Assam Mental Hospital (Tezpur, India) - 1933-1948
Year: 1933
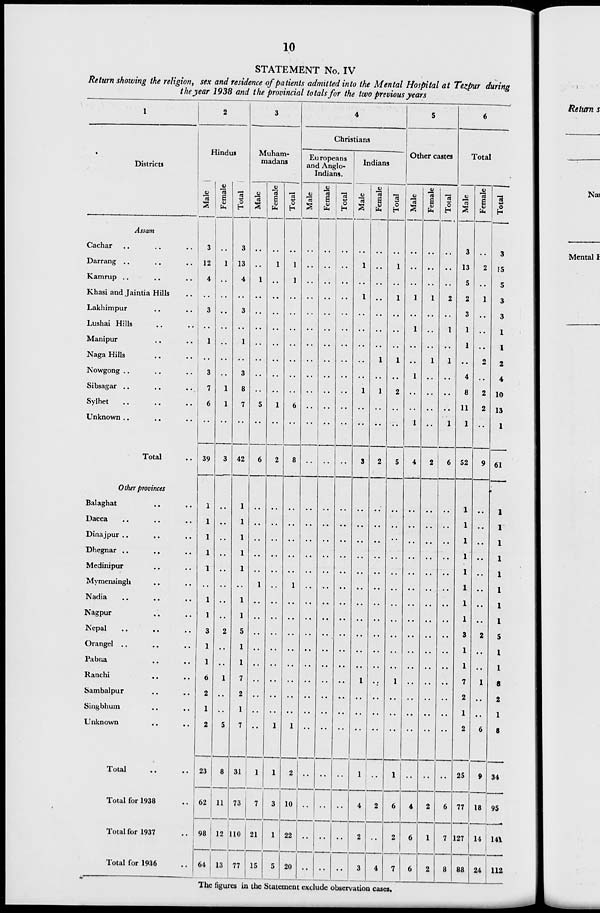
10
STATEMENT No. IV
Return showing the religion, sex and residence of patients admitted into the Mental Hospital at Tezpur during
the year 1938 and the provincial totals for the two previous years
1
Districts
Assam
Cachar
..
..
..
Darrang
..
..
..
Kamrup
..
..
..
Khasi and Jaintia Hills ..
Lakhimpur
..
..
Lushai Hills .. ..
Manipur .. ..
Naga Hills .. ..
Nowgong .. .. ..
Sibsagar .. .. ..
Sylhet .. .. ..
Unknown .. .. ..
Total
..
Other provinces
Balaghat .. ..
Dacca .. .. ..
Dinajpur .. .. ..
Dhegnar .. .. ..
Medinipur .. .. ..
Mymensingh .. ..
Nadia .. .. ..
Nagpur .. ..
Nepal .. .. ..
Orangel .. .. ..
Pabna .. .. ..
Ranchi .. .. ..
Sambalpur .. ..
Singbhum .. ..
Unknown
..
..
Total .. ..
Total for 1938
..
Total for 1937
..
Total for 1936 ..
2
Hindus
Male
3
12
4
..
3
..
1
..
3
7
6
..
39
1
1
1
1
1
..
1
1
3
1
1
6
2
1
2
23
62
98
64
Female
..
1
..
..
..
..
..
..
..
1
1
..
3
..
..
..
..
..
..
..
..
2
..
..
1
..
..
5
8
11
12
13
Total
3
13
4
..
3
..
1
..
3
8
7
..
42
1
1
1
1
1
..
1
1
5
1
1
7
2
1
7
31
73
110
77
3
Muham-
madans
Male
..
..
1
..
..
..
..
..
..
..
5
..
6
..
..
..
..
..
1
..
..
..
..
..
..
..
..
..
1
7
21
15
Female
..
1
..
..
..
..
..
..
..
..
1
..
2
..
..
..
..
..
..
..
..
..
..
..
..
..
..
1
1
3
1
5
Total
..
1
1
..
..
..
..
..
..
..
6
..
8
..
..
..
..
..
1
..
..
..
..
..
..
..
..
1
2
10
22
20
4
Christians
Europeans
and Anglo-
Indians.
Male
..
..
..
..
..
..
..
..
..
..
..
..
..
..
..
..
..
..
..
..
..
..
..
..
..
..
..
..
..
..
..
..
Female
..
..
..
..
..
..
..
..
..
..
..
..
..
..
..
..
..
..
..
..
..
..
..
..
..
..
..
..
..
..
..
..
Total
..
..
..
..
..
..
..
..
..
..
..
..
..
..
..
..
..
..
..
..
..
..
..
..
..
..
..
..
..
..
..
..
Indians
Male
..
1
..
1
..
..
..
..
..
1
..
..
3
..
..
..
..
..
..
..
..
..
..
..
1
..
..
..
1
4
2
3
Female
..
..
..
..
..
..
..
1
..
1
..
..
2
..
..
..
..
..
..
..
..
..
..
..
..
..
..
..
..
2
..
4
Total
..
1
..
1
..
..
..
1
..
2
..
..
5
..
..
..
..
..
..
..
..
..
..
..
1
..
..
..
1
6
2
7
5
Other castes
Male
..
..
..
1
..
1
..
..
1
..
..
1
4
..
..
..
..
..
..
..
..
..
..
..
..
..
..
..
..
4
6
6
Female
..
..
..
1
..
..
..
1
..
..
..
..
2
..
..
..
..
..
..
..
..
..
..
..
..
..
..
..
..
2
1
2
Total
..
..
..
2
..
1
..
1
..
..
..
1
6
..
..
..
..
..
..
..
..
..
..
..
..
..
..
..
..
6
7
8
6
Total
Male
3
13
5
2
3
1
1
..
4
8
11
1
52
1
1
1
1
1
1
1
1
3
1
1
7
2
1
2
25
77
127
88
Female
..
2
..
1
..
..
..
2
..
2
2
..
9
..
..
..
..
..
..
..
..
2
..
..
1
..
..
6
9
18
14
24
Total
3
15
5
3
3
1
1
2
4
10
13
1
61
1
1
1
1
1
1
1
1
5
1
1
8
2
1
8
34
95
141
112
The figures in the Statement exclude observation cases.